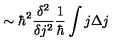
\sim \hbar ^ { 2 } \frac { \delta ^ { 2 } } { \delta j ^ { 2 } } \frac { 1 } { \hbar } \int j \Delta j